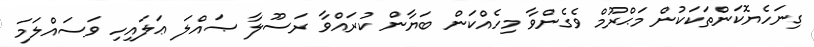
ގިނަހެޔޮކަންތަކަކުން މަޙްރޫމް ވެގެންވާ މިހެއްކަން ބަޔާން ކުރައްވާ ރަސޫލާ ޞައްލަ ޢަލައިހި ވަސައްލަމަ